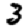
Digit: 3